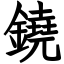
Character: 鐃